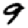
Digit: 9